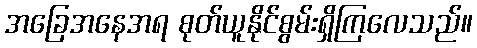
အခြေအနေအရ စုတ်ယူနိုင်စွမ်းရှိကြလေသည်။